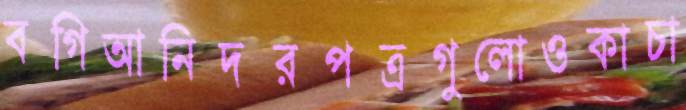
বগিআনিদরপত্রগুলোওকাচা